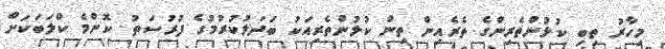
މިހާރު ތިބި ކުޅުންތެރިންގެ ތެރެއިން ތިން ކުޅުންތެރިއަކު ބަދަލުކުރުމުގެ ފުރުސަތު ކޮންމެ ކްލަބަކަށް